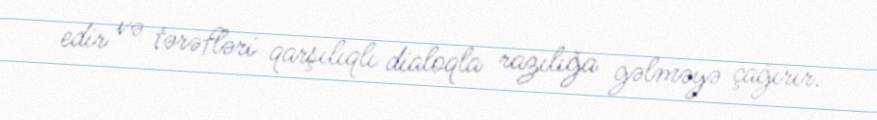
edir və tərəfləri qarşılıqlı dialoqla razılığa gəlməyə çağırır.